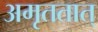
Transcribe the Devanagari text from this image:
अमृततात्